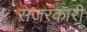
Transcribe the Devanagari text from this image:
स़जरकारी